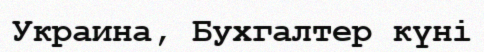
Украина, Бухгалтер күні